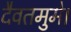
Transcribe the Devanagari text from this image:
दैवतमुमे।